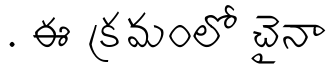
. ఈ క్రమంలో చైనా